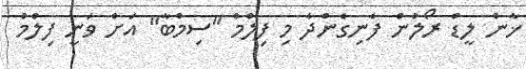
ޚާން ލީޑް ރޯލުން ފެނިގެންދާ މި ފިލްމް "ސިމްބާ" އަށް ވަނީ ފިލްމް